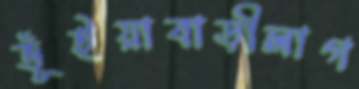
ভূঁইয়াবাড়ীলাগ